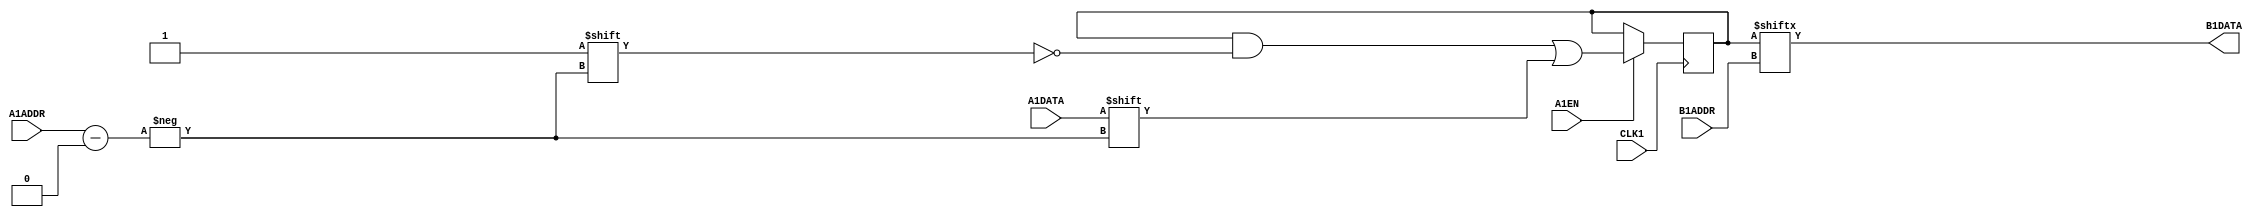
module MISTRAL_MLAB(input [4:0] A1ADDR, input A1DATA, A1EN, CLK1, input [4:0] B1ADDR, output B1DATA);

reg [31:0] mem = 32'b0;

// TODO: Cyclone 10 GX timings; the below timings are for Cyclone V
specify
    $setup(A1ADDR, posedge CLK1, 86);
    $setup(A1DATA, posedge CLK1, 86);
    $setup(A1EN, posedge CLK1, 86);

    (B1ADDR[0] => B1DATA) = 487;
    (B1ADDR[1] => B1DATA) = 475;
    (B1ADDR[2] => B1DATA) = 382;
    (B1ADDR[3] => B1DATA) = 284;
    (B1ADDR[4] => B1DATA) = 96;
endspecify

always @(posedge CLK1)
    if (A1EN) mem[A1ADDR] <= A1DATA;

assign B1DATA = mem[B1ADDR];

endmodule